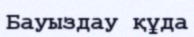
Бауыздау құда